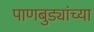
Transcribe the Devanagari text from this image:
पाणबुड्यांच्या